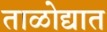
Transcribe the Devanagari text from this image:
ताळोद्यात